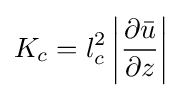
K_{c}=l_{c}^{2}\left|{\frac {\partial {\bar {u}}}{\partial z}}\right\vert